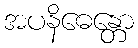
အပနိဓေန္တော